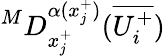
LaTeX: ^MD_{x_{j}^{+}}^{\alpha(x_{j}^{+})}(\overline{{U_{i}^{+}}})